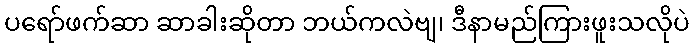
ပရော်ဖက်ဆာ ဆာခါးဆိုတာ ဘယ်ကလဲဗျ၊ ဒီနာမည်ကြားဖူးသလိုပဲ